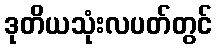
ဒုတိယသုံးလပတ်တွင်